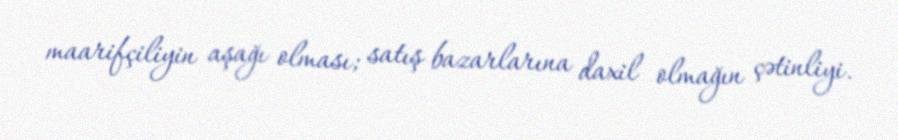
maarifçiliyin aşağı olması; satış bazarlarına daxil olmağın çətinliyi.